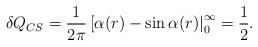
LaTeX: \begin{align*}\delta Q_{CS}=\frac{1}{2\pi}\left[\alpha (r)-\sin \alpha (r)\right|_0^{\infty} = \frac{1}{2}.\end{align*}